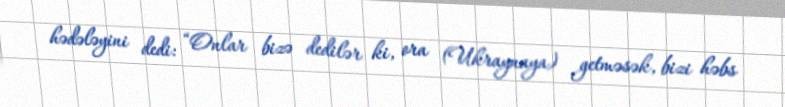
hədələyini dedi: “Onlar bizə dedilər ki, ora (Ukraynaya) getməsək, bizi həbs